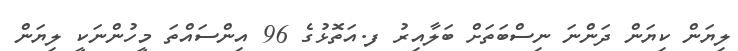
ލިޔަން ކިޔަން ދަންނަ ނިސްބަތަށް ބަލާއިރު ފ.އަތޮޅުގެ 96 އިންސައްތަ މީހުންނަކީ ލިޔަން